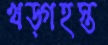
খড়্‌গহস্ত